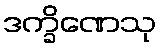
ဒက္ခိဏေသု